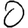
Digit: 0